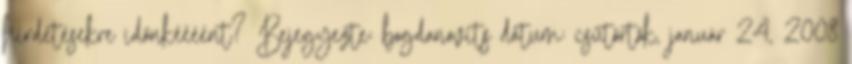
hirdetésekre időnkéééént? Bejegyezte: bogdanovits dátum: csütörtök, január 24, 2008